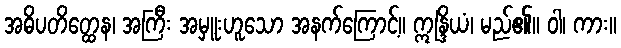
အဓိပတိတ္ထေန၊ အကြီး အမှူးဟူသော အနက်ကြောင့်။ ဣန္ဒြိယံ၊ မည်၏။ ဝါ၊ ကား။